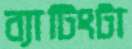
ব্যাটিংটা